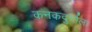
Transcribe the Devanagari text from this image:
कनकदुर्गाला